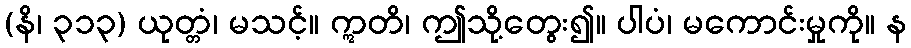
(နိ၊ ၃၁၃) ယုတ္တံ၊ မသင့်။ ဣတိ၊ ဤသို့တွေး၍။ ပါပံ၊ မကောင်းမှုကို။ န